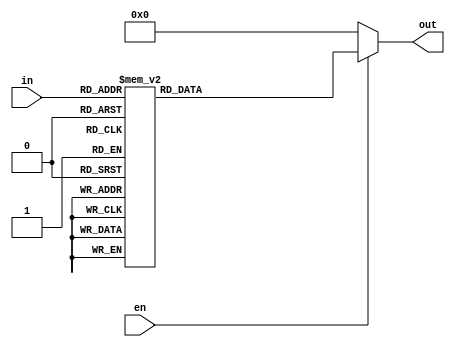
module decoder3_to_8( in,out, en);
input [2:0]  in;
input en;
output [7:0] out;
  reg [7:0] out;

 always @( in or en)
	begin

      if (en) 
        begin
          out=8'd0;
          case (in)
              3'b000: out = 8'b00000001;
              3'b001: out = 8'b00000010;
              3'b010: out = 8'b00000100;
              3'b011: out = 8'b00001000;
              3'b100: out = 8'b00010000;
              3'b101: out = 8'b00100000;
              3'b110: out = 8'b01000000;
              3'b111: out = 8'b10000000;
              default: out=8'd0;
          endcase
      end
else 
out=8'd0;
end
endmodule